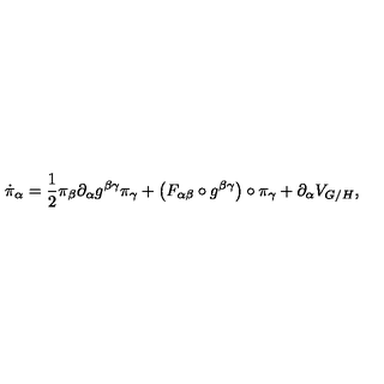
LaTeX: \dot { \pi } _ { \alpha } = \frac { 1 } { 2 } \pi _ { \beta } \partial _ { \alpha } g ^ { \beta \gamma } \pi _ { \gamma } + \left( F _ { \alpha \beta } \circ g ^ { \beta \gamma } \right) \circ \pi _ { \gamma } + \partial _ { \alpha } V _ { G / H } ,